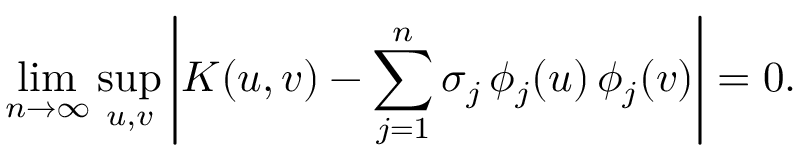
\operatorname* { l i m } _ { n \to \infty } \operatorname* { s u p } _ { u , v } \left| K ( u , v ) - \sum _ { j = 1 } ^ { n } \sigma _ { j } \, \phi _ { j } ( u ) \, \phi _ { j } ( v ) \right| = 0 .